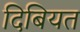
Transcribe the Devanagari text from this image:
दिबियत